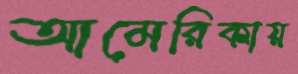
আমেরিকায়